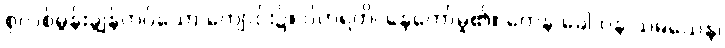
စုလစ်မွန်းချွန်တပ်သော ကျောင်း၌။ ဝိဟရတိ၊ နေတော်မူ၏။ တေန ခေါ ပန သမယေန၊